Report on vaccination in the Province of Bengal - 1869-1873
Year: 1869
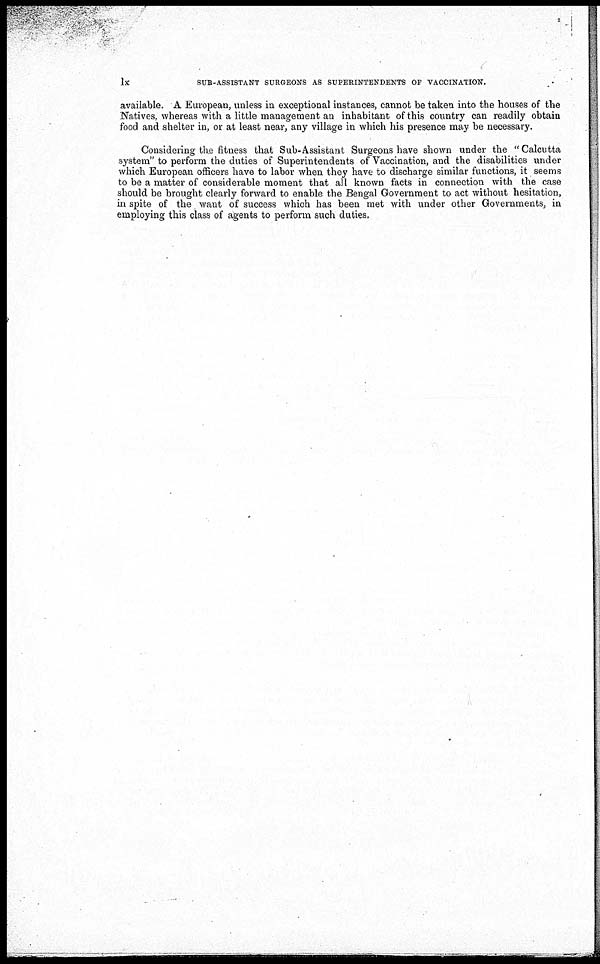
lx
SUB-ASSISTANT SURGEONS AS SUPERINTENDENTS OF VACCINATION.
available. A European, unless in exceptional instances, cannot be taken into the houses of the
Natives, whereas with a little management an inhabitant of this country can readily obtain
food and shelter in, or at least near, any village in which his presence may be necessary.
Considering the fitness that Sub-Assistant Surgeons have shown under the "Calcutta
system" to perform the duties of Superintendents of Vaccination, and the disabilities under
which European officers have to labor when they have to discharge similar functions, it seems
to be a matter of considerable moment that all known facts in connection with the case
should be brought clearly forward to enable the Bengal Government to act without hesitation,
in spite of the want of success which has been met with under other Governments, in
employing this class of agents to perform such duties.